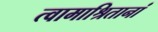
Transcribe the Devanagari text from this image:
त्वामाश्रितानां